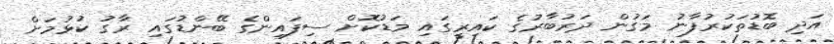
އަދި ބޮޑުތަކުރުފާނު މަގުން ދަރުބާރުގެ ކައިރީގައި މަޑުކޮށް ސިފައިންގެ ބޭންޑުގައި ރާގު ކުޅުމަށް